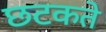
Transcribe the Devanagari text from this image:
छटकते